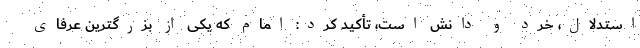
استدلال، خرد و دانش است، تأکید کرد: امام که یکی از بزرگترین عرفای